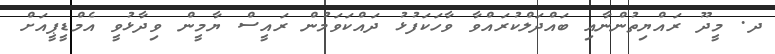
ދ. މީދޫ ރައްޔިތުންނާއި ބައްދަލްކުރައްވާ ވާހަކަފުޅު ދައްކަވަމުން ރައީސް ޔާމީން ވިދާޅުވީ އެމްޑީޕީއަށް